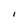
Character: I